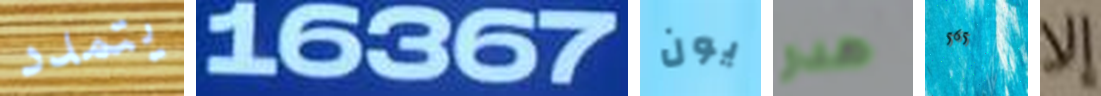
يتمدد 16367 يون هدر 565 إلا